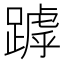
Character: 𨄥